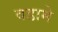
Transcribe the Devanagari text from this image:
वडामे